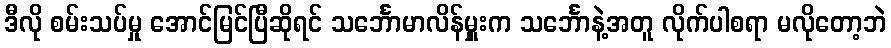
ဒီလို စမ်းသပ်မှု အောင်မြင်ပြီဆိုရင် သင်္ဘောမာလိန်မှူးက သင်္ဘောနဲ့အတူ လိုက်ပါစရာ မလိုတော့ဘဲ